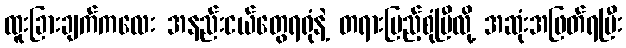
ထူးခြားချက်ကလေး အနည်းငယ်တွေရရုံနဲ့ တရားပြည့်စုံပြီလို့ အဆုံးအဖြတ်ရပြီး